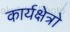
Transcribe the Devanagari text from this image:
कार्यक्षेत्रो